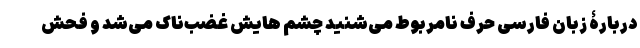
دربارۀ زبان فارسی حرف نامربوط می‌شنید چشم هایش غضب‌ناک می‌شد و فحش